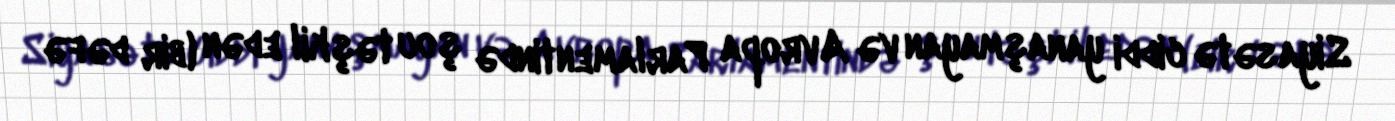
Siyasətə ciddi yanaşmayan və Avropa Parlamentində şou təşkil edən (bir dəfə